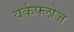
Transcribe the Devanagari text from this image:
वर्कफ्लोज